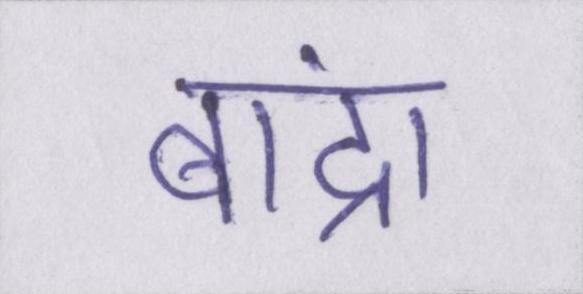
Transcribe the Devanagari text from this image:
बांद्रा